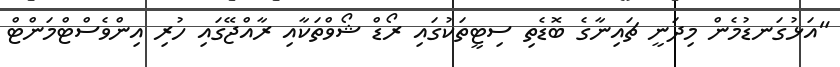
"އަޅުގަނޑުމެން މިދަނީ ޗައިނާގެ ބޮޑެތި ސިޓީތަކުގައި ރޯޑް ޝޯވްތަކާއި ރާއްޖޭގައި ހުރި އިންވެސްޓްމަންޓް